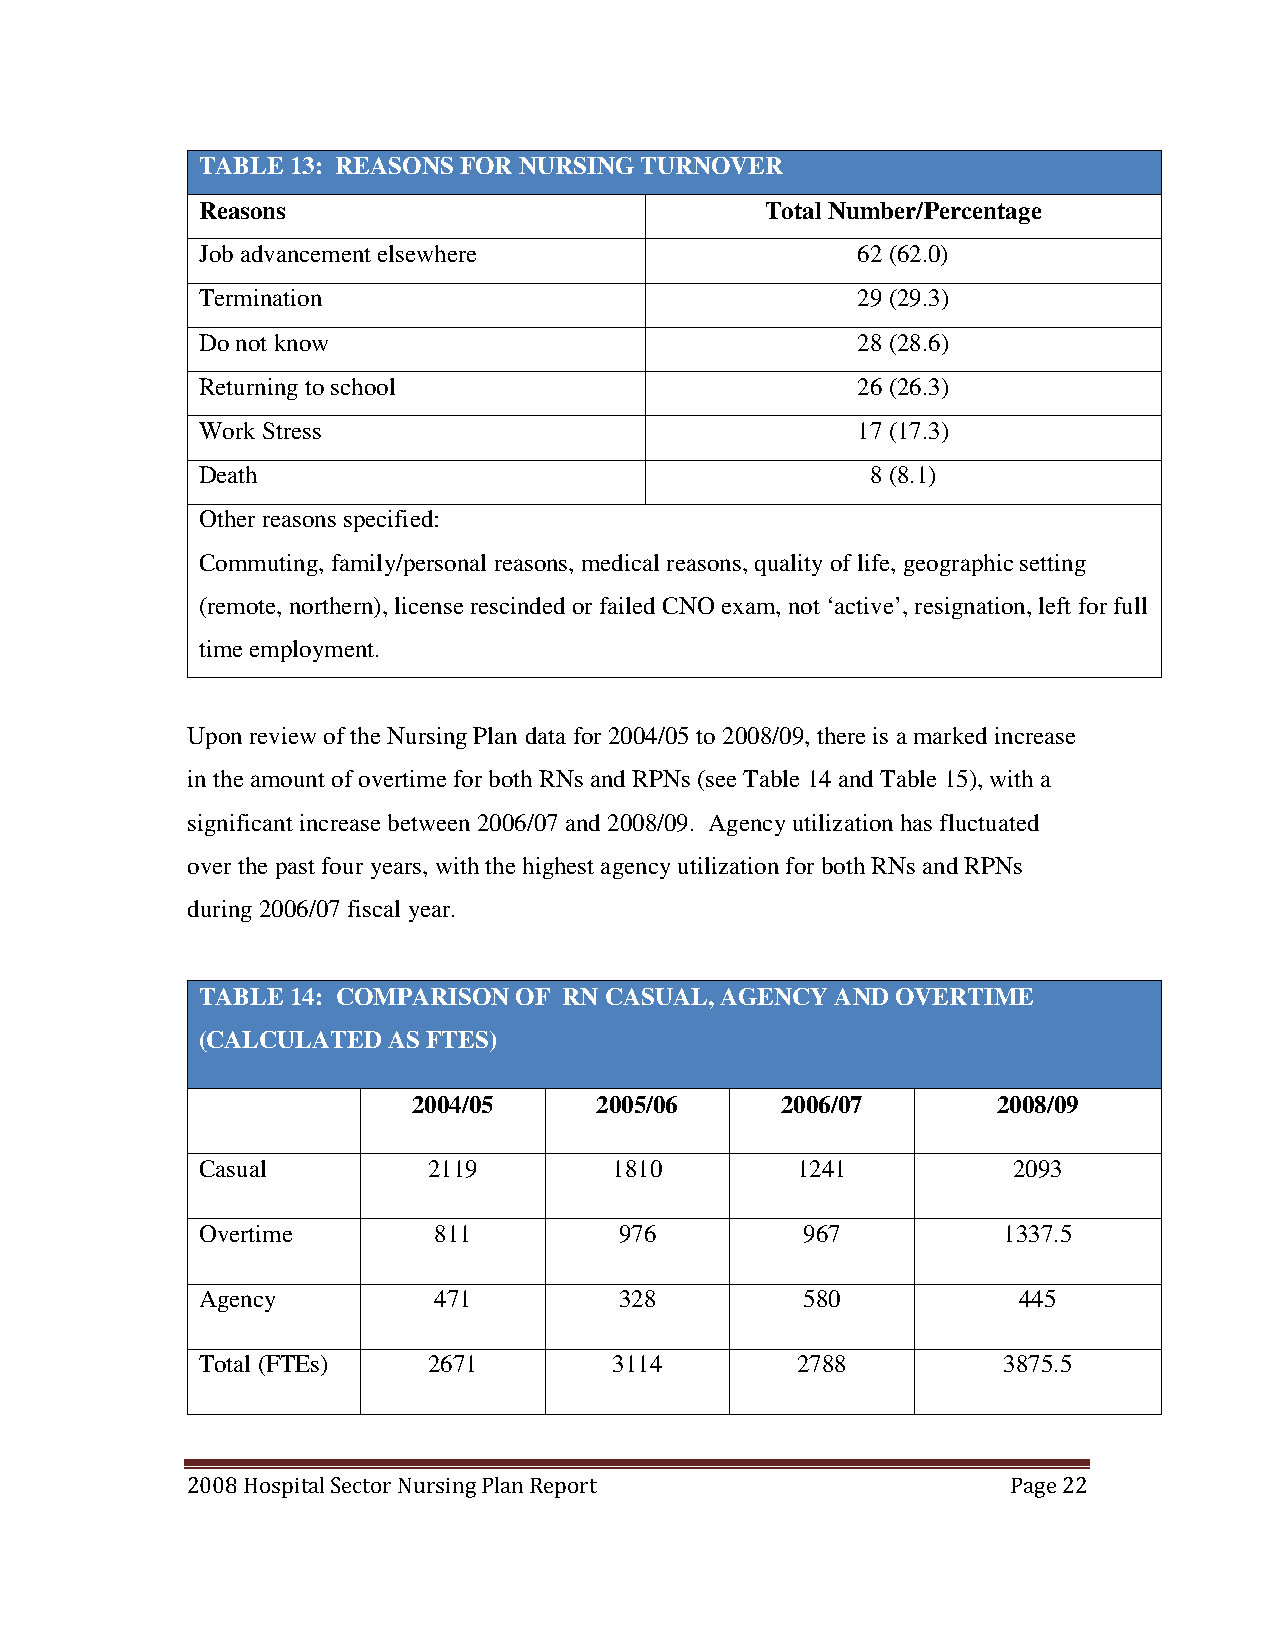
TABLE 13: REASONS FOR NURSING TURNOVER
 Reasons                               Total Number/Percentage
 Job advancement elsewhere                   62 (62.0)
 Termination                                 29 (29.3)
 Do not know                                 28 (28.6)
 Returning to school                         26 (26.3)
 Work Stress                                 17 (17.3)
 Death                                        8 (8.1)
 Other reasons specified:
 Commuting, family/personal reasons, medical reasons, quality of life, geographic setting
 (remote, northern), license rescinded or failed CNO exam, not ‘active’, resignation, left for full
 time employment.
 Upon review of the Nursing Plan data for 2004/05 to 2008/09, there is a marked increase
 in the amount of overtime for both RNs and RPNs (see Table 14 and Table 15), with a
 significant increase between 2006/07 and 2008/09. Agency utilization has fluctuated
 over the past four years, with the highest agency utilization for both RNs and RPNs
 during 2006/07 fiscal year.
 TABLE 14: COMPARISON OF RN CASUAL, AGENCY AND OVERTIME
 (CALCULATED  AS FTES)
 2004/05     2005/06      2006/07       2008/09
 Casual         2119         1810        1241          2093
 Overtime        811         976         967          1337.5
 Agency          471         328         580           445
 Total (FTEs)   2671         3114        2788         3875.5
 2008 Hospital Sector Nursing Plan Report               Page 22